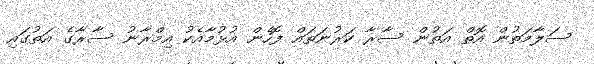
ސަލާމަތުން އޮތް އަތުން ސާރާ ކަރުނަތައް ފޮހެން އުޅުމާއެކު އިމްރާނު ސާރާގެ އަތުގައި